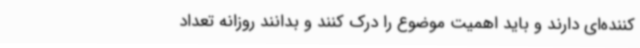
‌کننده‌ای دارند و باید اهمیت موضوع را درک کنند و بدانند روزانه تعداد